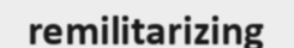
remilitarizing